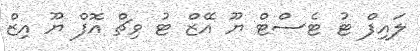
ލައިފް ޓު ޓެސްޓް ޔޫ އޭޒް ޓު ވިޗް އޮފް ޔޫ އިޒް